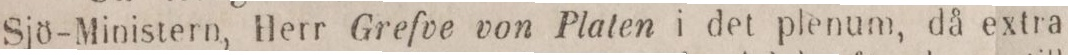
Sjö-Ministern, Herr Grefve von Platen i det plenum, då extra